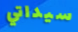
سيداتي